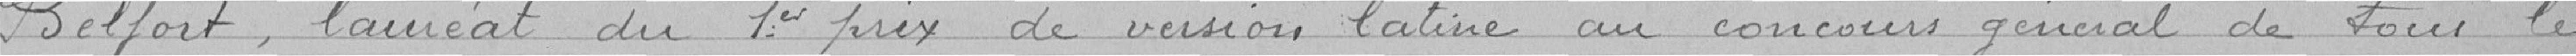
Belfort, lauréat du 1er prix de version latine au concours général de tous les